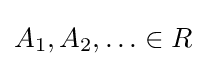
A_{1},A_{2},\ldots \in R